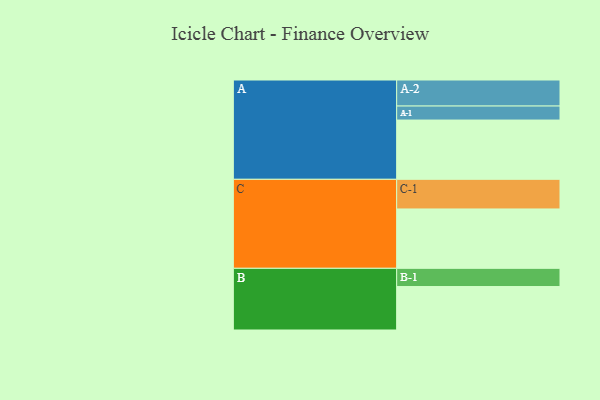
{"axis": {"x": "Segment", "y": "Value"}, "legend": ["", "A", "B", "C"], "data": [{"x": "A", "y": 592, "type": ""}, {"x": "B", "y": 434, "type": ""}, {"x": "C", "y": 593, "type": ""}, {"x": "A-1", "y": 140, "type": "A"}, {"x": "A-2", "y": 260, "type": "A"}, {"x": "B-1", "y": 182, "type": "B"}, {"x": "C-1", "y": 296, "type": "C"}]}